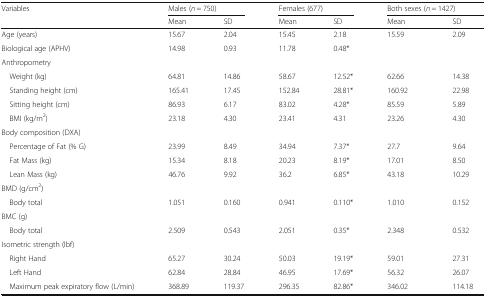
<table><thead><tr><td rowspan="2"><b>Variables</b></td><td colspan="2"><b>Males (<i>n</i> = 750)</b></td><td colspan="2"><b>Females (677)</b></td><td colspan="2"><b>Both sexes (<i>n</i> = 1427)</b></td></tr><tr><td><b>Mean</b></td><td><b>SD</b></td><td><b>Mean</b></td><td><b>SD</b></td><td><b>Mean</b></td><td><b>SD</b></td></tr></thead><tbody><tr><td>Age (years)</td><td>15.67</td><td>2.04</td><td>15.45</td><td>2.18</td><td>15.59</td><td>2.09</td></tr><tr><td>Biological age (APHV)</td><td>14.98</td><td>0.93</td><td>11.78</td><td>0.48*</td><td></td><td></td></tr><tr><td colspan="7">Anthropometry</td></tr><tr><td> Weight (kg)</td><td>64.81</td><td>14.86</td><td>58.67</td><td>12.52*</td><td>62.66</td><td>14.38</td></tr><tr><td> Standing height (cm)</td><td>165.41</td><td>17.45</td><td>152.84</td><td>28.81*</td><td>160.92</td><td>22.98</td></tr><tr><td> Sitting height (cm)</td><td>86.93</td><td>6.17</td><td>83.02</td><td>4.28*</td><td>85.59</td><td>5.89</td></tr><tr><td> BMI (kg/m<sup>2</sup>)</td><td>23.18</td><td>4.30</td><td>23.41</td><td>4.31</td><td>23.26</td><td>4.30</td></tr><tr><td colspan="7">Body composition (DXA)</td></tr><tr><td> Percentage of Fat (% G)</td><td>23.99</td><td>8.49</td><td>34.94</td><td>7.37*</td><td>27.7</td><td>9.64</td></tr><tr><td> Fat Mass (kg)</td><td>15.34</td><td>8.18</td><td>20.23</td><td>8.19*</td><td>17.01</td><td>8.50</td></tr><tr><td> Lean Mass (kg)</td><td>46.76</td><td>9.92</td><td>36.2</td><td>6.85*</td><td>43.18</td><td>10.29</td></tr><tr><td colspan="7">BMD (g/cm<sup>2</sup>)</td></tr><tr><td> Body total</td><td>1.051</td><td>0.160</td><td>0.941</td><td>0.110*</td><td>1.010</td><td>0.152</td></tr><tr><td colspan="7">BMC (g)</td></tr><tr><td> Body total</td><td>2.509</td><td>0.543</td><td>2.051</td><td>0.35*</td><td>2.348</td><td>0.532</td></tr><tr><td colspan="7">Isometric strength (lbf)</td></tr><tr><td> Right Hand</td><td>65.27</td><td>30.24</td><td>50.03</td><td>19.19*</td><td>59.01</td><td>27.31</td></tr><tr><td> Left Hand</td><td>62.84</td><td>28.84</td><td>46.95</td><td>17.69*</td><td>56.32</td><td>26.07</td></tr><tr><td> Maximum peak expiratory flow (L/min)</td><td>368.89</td><td>119.37</td><td>296.35</td><td>82.86*</td><td>346.02</td><td>114.18</td></tr></tbody></table>